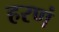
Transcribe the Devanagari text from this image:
हरणं